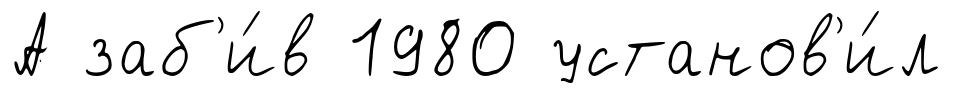
А заб'и́в 1980 установ'и́л